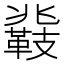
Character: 𮧤